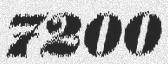
7200